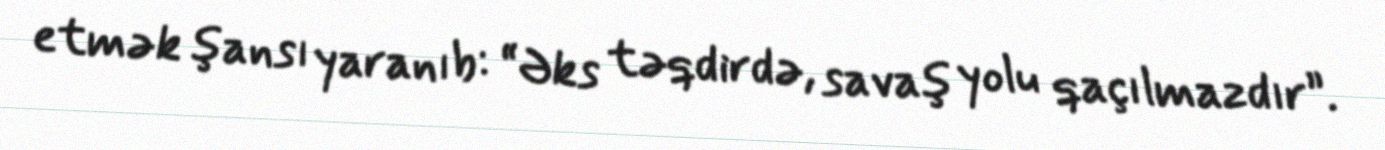
etmək şansı yaranıb: “Əks təqdirdə, savaş yolu qaçılmazdır”.